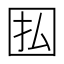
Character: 𫭅